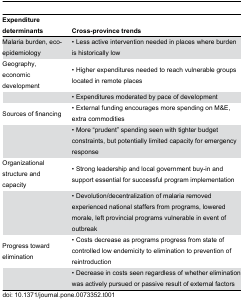
| Expenditure determinants | Cross-province trends |
 | --- | --- |
 | Malaria burden, eco-epidemiology | • Less active intervention needed in places where burden is historically low |
 | Geography, economic development | • Higher expenditures needed to reach vulnerable groups located in remote places |
 |  | • Expenditures moderated by pace of development |
 | Sources of financing | • External funding encourages more spending on M&E, extra commodities |
 |  | • More “prudent” spending seen with tighter budget constraints, but potentially limited capacity for emergency response |
 | Organizational structure and capacity | • Strong leadership and local government buy-in and support essential for successful program implementation |
 |  | • Devolution/decentralization of malaria removed experienced national staffers from programs, lowered morale, left provincial programs vulnerable in event of outbreak |
 | Progress toward elimination | • Costs decrease as programs progress from state of controlled low endemicity to elimination to prevention of reintroduction |
 |  | • Decrease in costs seen regardless of whether elimination was actively pursued or passive result of external factors |